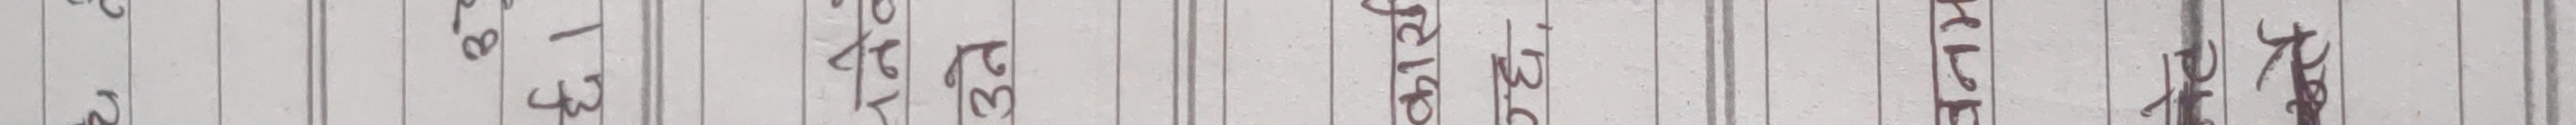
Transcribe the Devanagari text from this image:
प्रश्न
उत्तर
जवाब
परिच्छेद
नम्बर
अंक
पुस्तिका
पार्ट